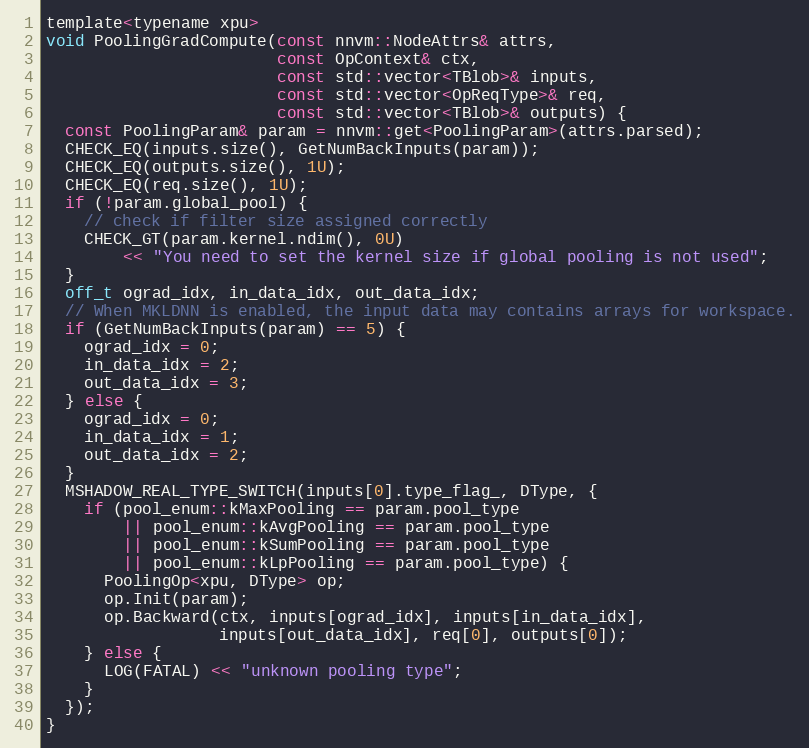
Language: C
template<typename xpu>
void PoolingGradCompute(const nnvm::NodeAttrs& attrs,
                        const OpContext& ctx,
                        const std::vector<TBlob>& inputs,
                        const std::vector<OpReqType>& req,
                        const std::vector<TBlob>& outputs) {
  const PoolingParam& param = nnvm::get<PoolingParam>(attrs.parsed);
  CHECK_EQ(inputs.size(), GetNumBackInputs(param));
  CHECK_EQ(outputs.size(), 1U);
  CHECK_EQ(req.size(), 1U);
  if (!param.global_pool) {
    // check if filter size assigned correctly
    CHECK_GT(param.kernel.ndim(), 0U)
        << "You need to set the kernel size if global pooling is not used";
  }
  off_t ograd_idx, in_data_idx, out_data_idx;
  // When MKLDNN is enabled, the input data may contains arrays for workspace.
  if (GetNumBackInputs(param) == 5) {
    ograd_idx = 0;
    in_data_idx = 2;
    out_data_idx = 3;
  } else {
    ograd_idx = 0;
    in_data_idx = 1;
    out_data_idx = 2;
  }
  MSHADOW_REAL_TYPE_SWITCH(inputs[0].type_flag_, DType, {
    if (pool_enum::kMaxPooling == param.pool_type
        || pool_enum::kAvgPooling == param.pool_type
        || pool_enum::kSumPooling == param.pool_type
        || pool_enum::kLpPooling == param.pool_type) {
      PoolingOp<xpu, DType> op;
      op.Init(param);
      op.Backward(ctx, inputs[ograd_idx], inputs[in_data_idx],
                  inputs[out_data_idx], req[0], outputs[0]);
    } else {
      LOG(FATAL) << "unknown pooling type";
    }
  });
}